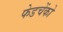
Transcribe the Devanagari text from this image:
फेडचेंको